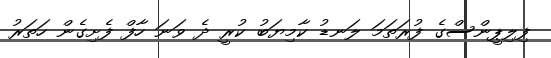
ފިލިޕީންސްގެ ފުރަތަމަ ލަނޑު ކާމިޔަބު ކުރީ ދެ ވަނަ ހާފް ފެށިގެން ހަތަރު